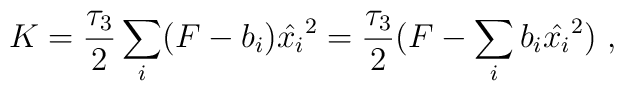
K = {\tau_3 \over 2} \sum_i (F-b_i) \hat{x_i}^2 = {\tau_3 \over 2}(F - \sum_i b_i \hat{x_i}^2)\ ,